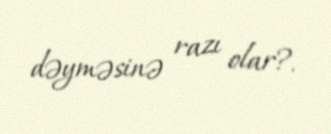
dəyməsinə razı olar?.